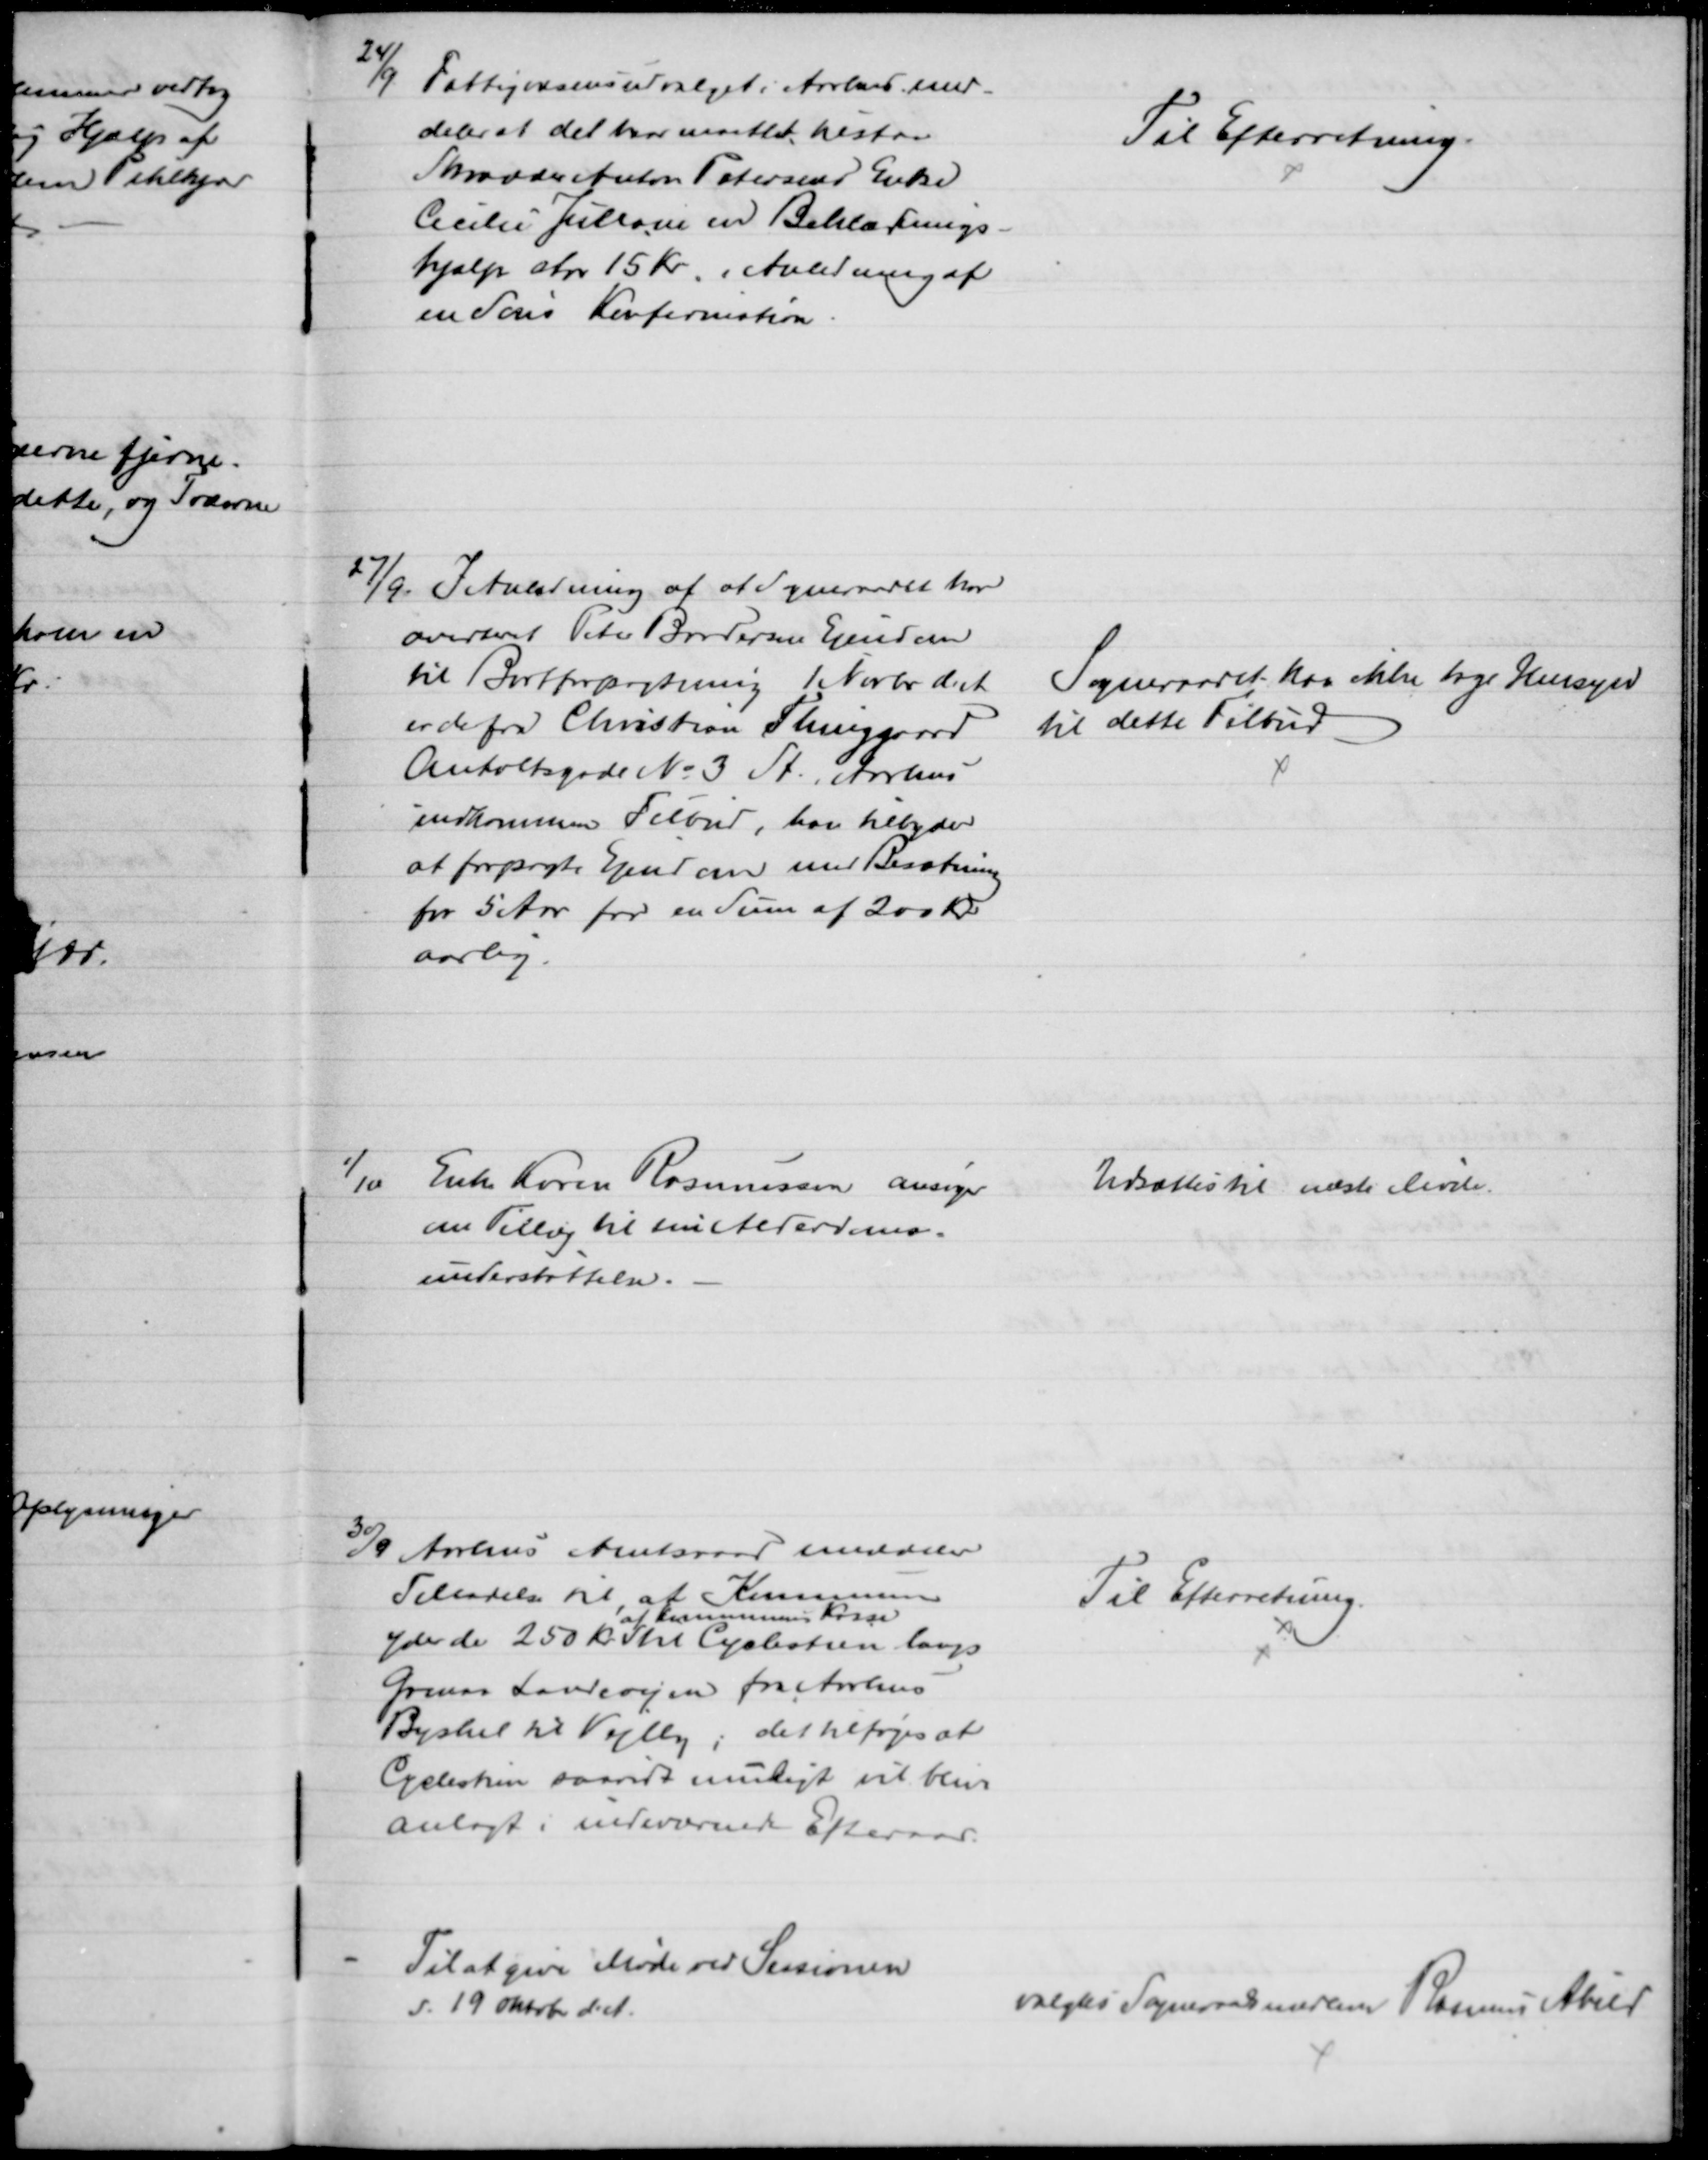
Transskription:
24/9
Fattigvæsensudvalget i Aarhus med-
deler at det har maattet tilstaa
Skrædder Anton Petersens Enke
Cecile Juliane en Beklædnings-
hjælp stor 15 Kr. i Anledning af
en Søns Konfirmation.
Til Efterretning
27/9. I Anledning af at Sogneraadet har
averteret Peter Brodersen Ejendom
til Bortforpagtning 1 Novbr. d. A.
er der fra Christian Thinggaard
Anholtsgade № 3 St. Aarhus
indkommen Tilbud, han tilbyder
at forpagte Ejendom med Besætning
for 5 Aar for en Sum af 200 Kr
aarlig.
Sogneraadet kan ikke tage Hensyn
til dette Tilbud
1/10
Enke Karen Rasmussen ansøger
om Tillæg til sin Alderdoms-
understøttelse.
Udsættes til næste Møde.
30/9 Aarhus Amtsraad meddeler
Tilladelse til at Kommunen
yder de 250 Kr. 
af Kommunens Kasse
til Cyclestien langs
Grenaa Landevejen fra Aarhus
Byskel til Vejlby, det tilføjes at
Cyclestien saavidt muligt vil blive 
anlagt i indeværende Efteraar.
Til Efterretning.
Til at give Møde ved Sessionen
d. 19 Oktober d. A.
valgtes Sogneraadsmedlem Rasmus Abild